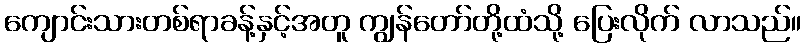
ကျောင်းသားတစ်ရာခန့်နှင့်အတူ ကျွန်တော်တို့ထံသို့ ပြေးလိုက် လာသည်။